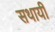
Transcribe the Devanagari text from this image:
सथायी